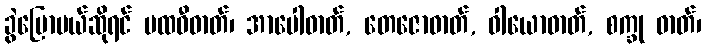
ခွဲပြောမယ်ဆိုရင် ပထဝီဓာတ်၊ အာပေါဓာတ်, တေဇောဓာတ်, ဝါယောဓာတ်, စက္ခု ဓာတ်၊